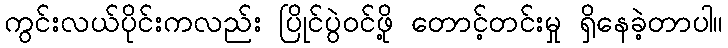
ကွင်းလယ်ပိုင်းကလည်း ပြိုင်ပွဲဝင်ဖို့ တောင့်တင်းမှု ရှိနေခဲ့တာပါ။